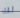
لك